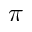
\pi